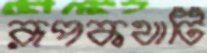
রূপকথাটি